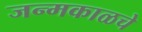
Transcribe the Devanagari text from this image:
जन्मकाळचे